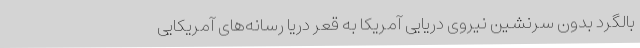
بالگرد بدون سرنشین نیروی دریایی آمریکا به قعر دریا رسانه‌های آمریکایی